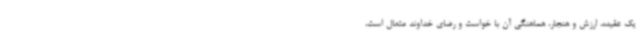
یک عقیده، ارزش و هنجار، هماهنگی آن با خواست و رضای خداوند متعال است،